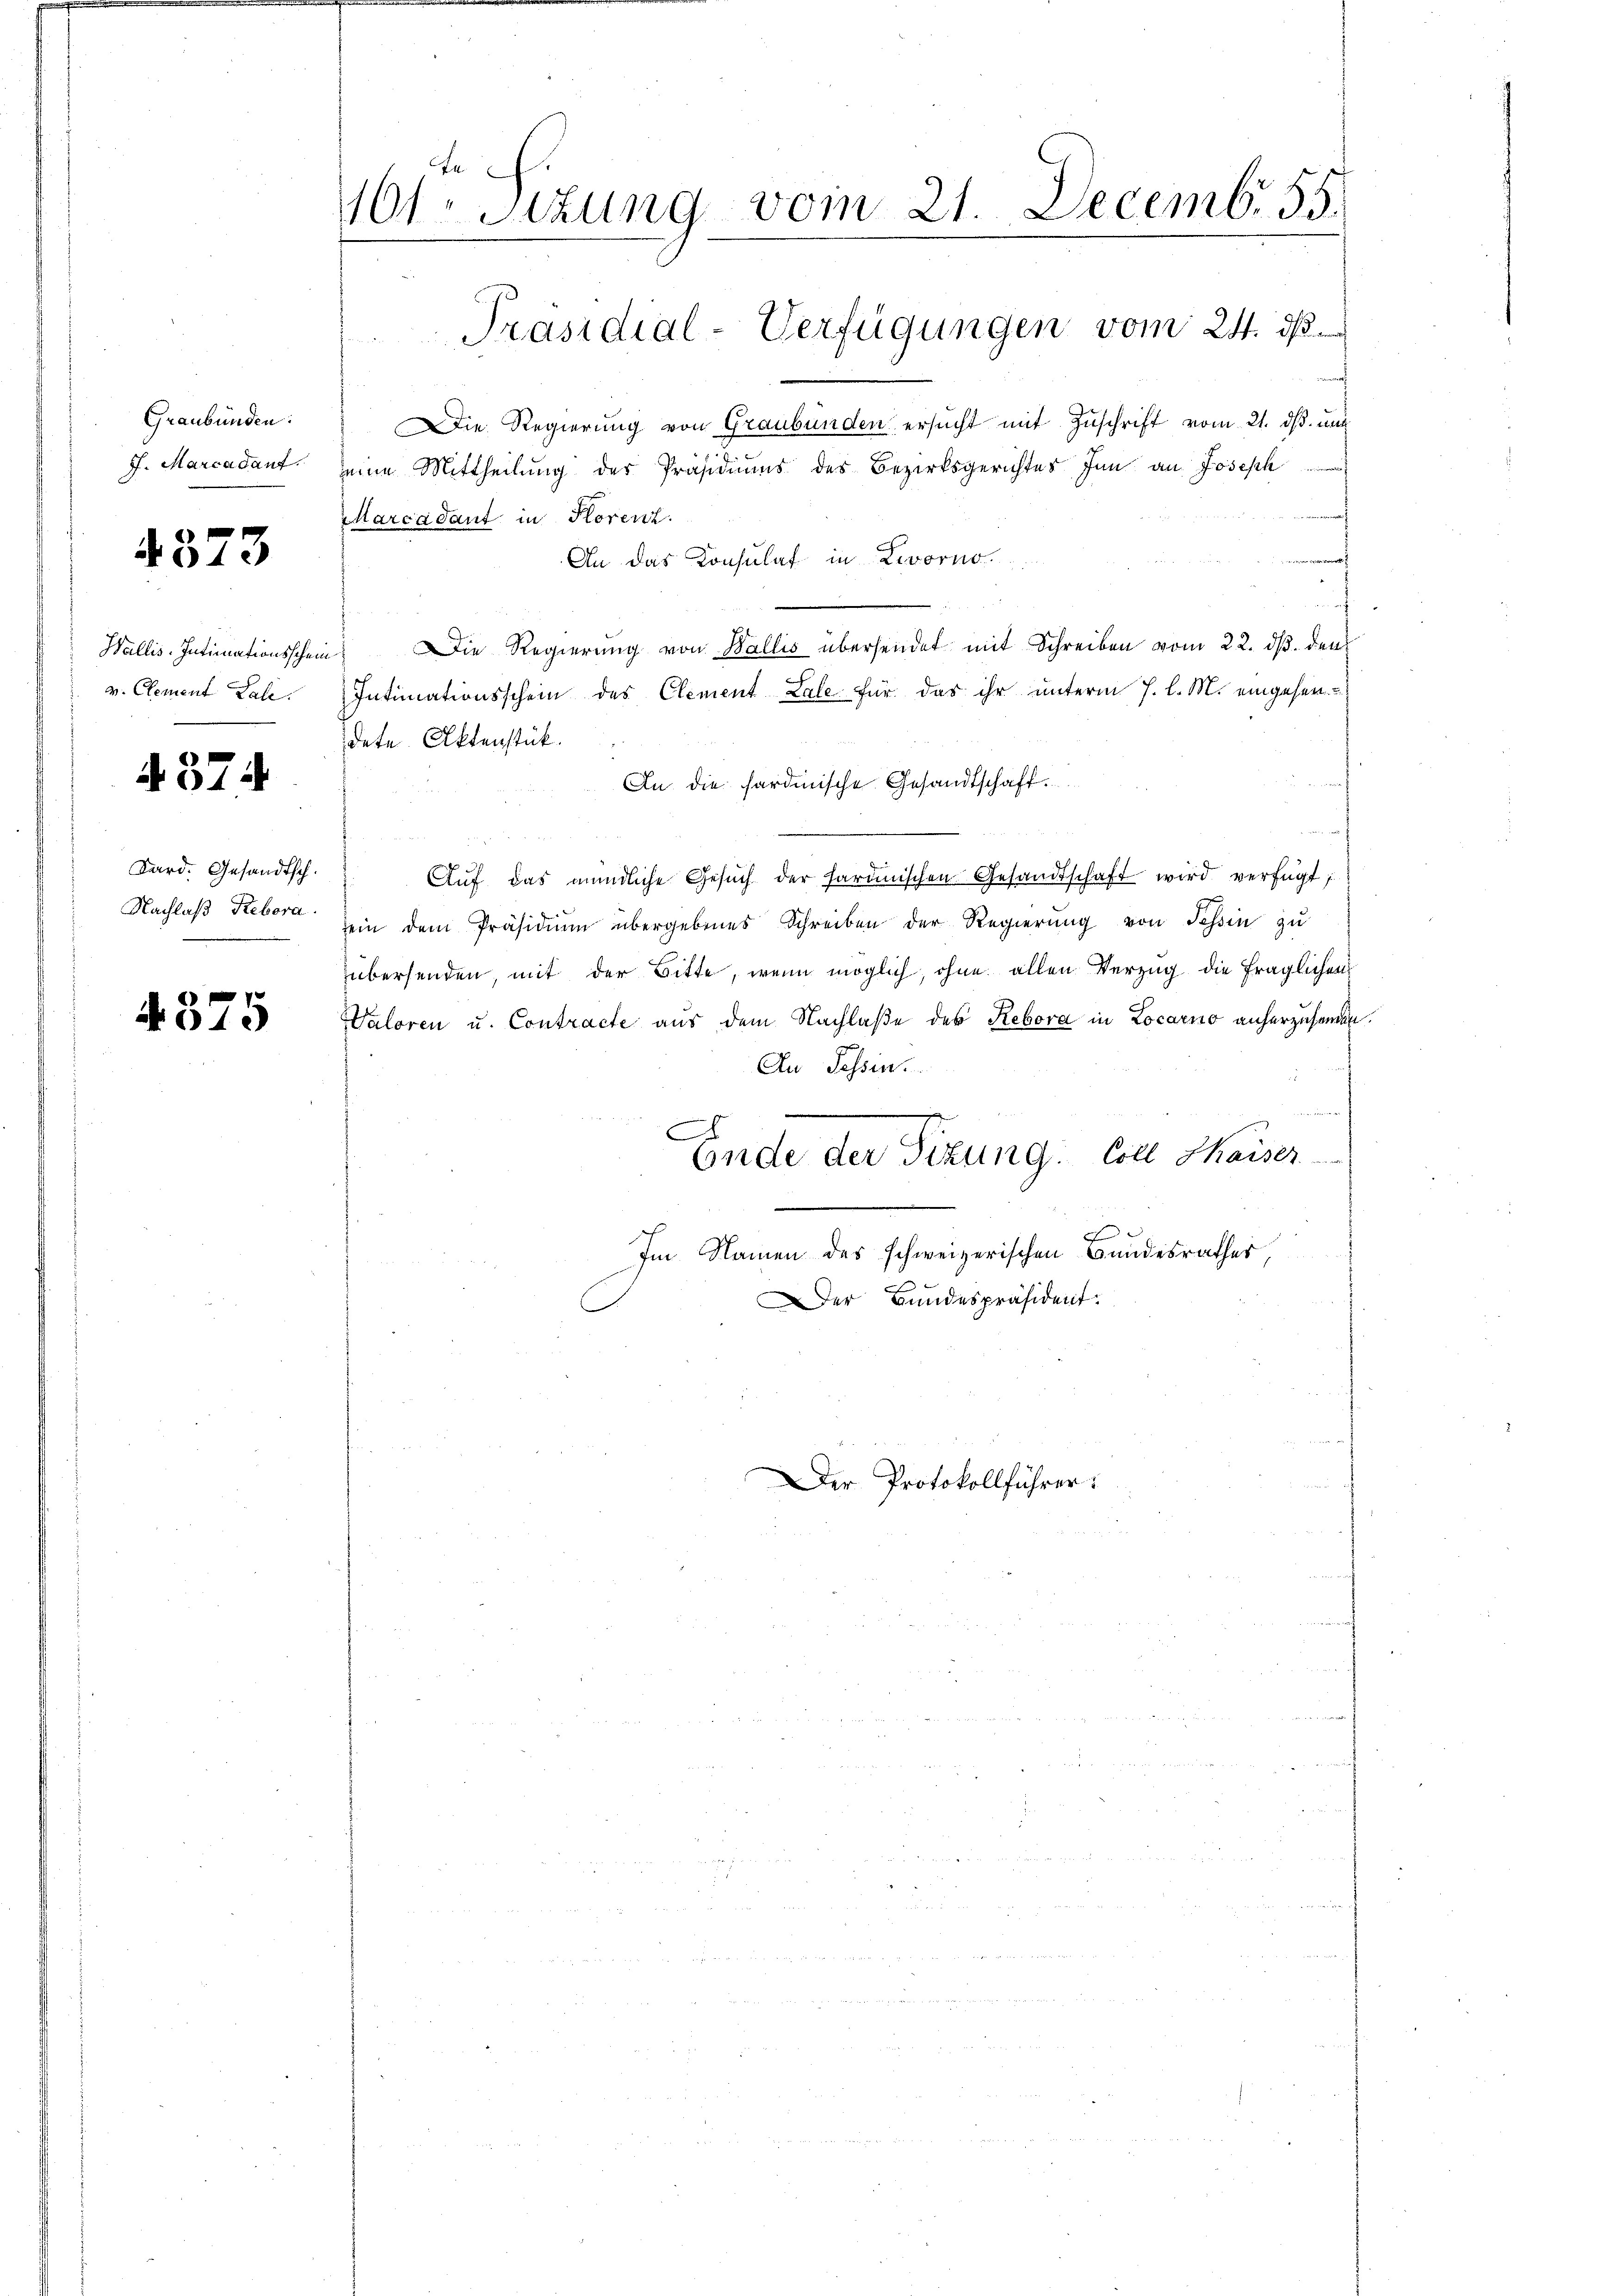
Graubünden:
J. Marcadant.

4373

Wallis. Intimationsschen
v. Clement Lale.

4374

Kard. Gesandtsch.
Nachlaß Rebera

4375

te
161. Sitzung vom 21. Decemb. 55.
Präsidial-Verfügungen vom 24. ds.
n

Die Regierung von Graubünden ersucht mit Zuschrift vom 21. ds. und
seine Mittheilung der Präsidiums des Bezirksgerichtes Inn an Joseph
Marcadaut in Porenz.
An das Konsulat in Livorno.
.
Die Regierung von Wallis übersendet mit Schreiben vom 22. ds. den
Intimationsschein des Clement Lale für das ihr unterm 7. l. M. eingehendete Aktenstück.
An die sardinische Gesandtschaft.
Aŭf das mündliche Gesŭch der Sardinischen Gesandtschaft wird verfügt:
sein dem Präsidiŭm übergebenes Schreiben der Regierŭng von Tessin zu
übersenden, mit der Bitte, wenn möglich, ohne allen Verzug die fraglichen
Waloren u. Contracte aus dem Nachlaße des Rebora in Locarno anherzusenden.
An Tessin.
C
Ende der Sizung. Coll Chaiser
c
Im Namen des schweizerischen Bundesrathes,
Der Bundespräsident.

Der Protokollführer: